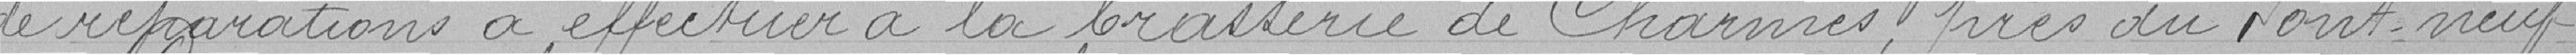
réparations à effectuer à la brasserie de Charmes près du Pont neuf .